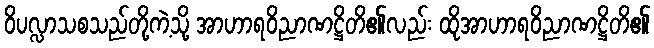
ဝိပလ္လာသစသည်တို့ကဲ့သို့ အာဟာရဝိညာဏဋ္ဌိတိ၏လည်း ထိုအာဟာရဝိညာဏဋ္ဌိတိ၏